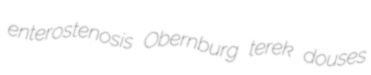
enterostenosis Obernburg terek douses